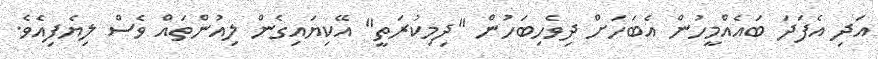
އަދި އެފަދަ ބައެއްމީހުން އެބަހަށް ދިވެހިބަހުން "ދިމިކުރަތީ" އޭކިޔައިގެން ލިއުންތައް ވެސް ލިޔެފިއެވެ.